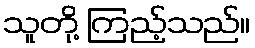
သူတို့ ကြည့်သည်။